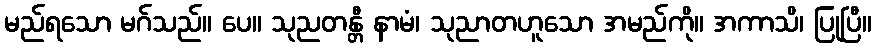
မည်ရသော မဂ်သည်။ ပေ။ သုညတန္တီ နာမံ၊ သုညာတဟူသော အမည်ကို။ အကာသိ၊ ပြုပြီ။